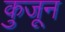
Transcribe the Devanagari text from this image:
कुजून